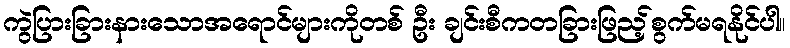
ကွဲပြားခြားနားသောအရောင်များကိုတစ် ဦး ချင်းစီကတခြားဖြည့်စွက်မရနိုင်ပါ။